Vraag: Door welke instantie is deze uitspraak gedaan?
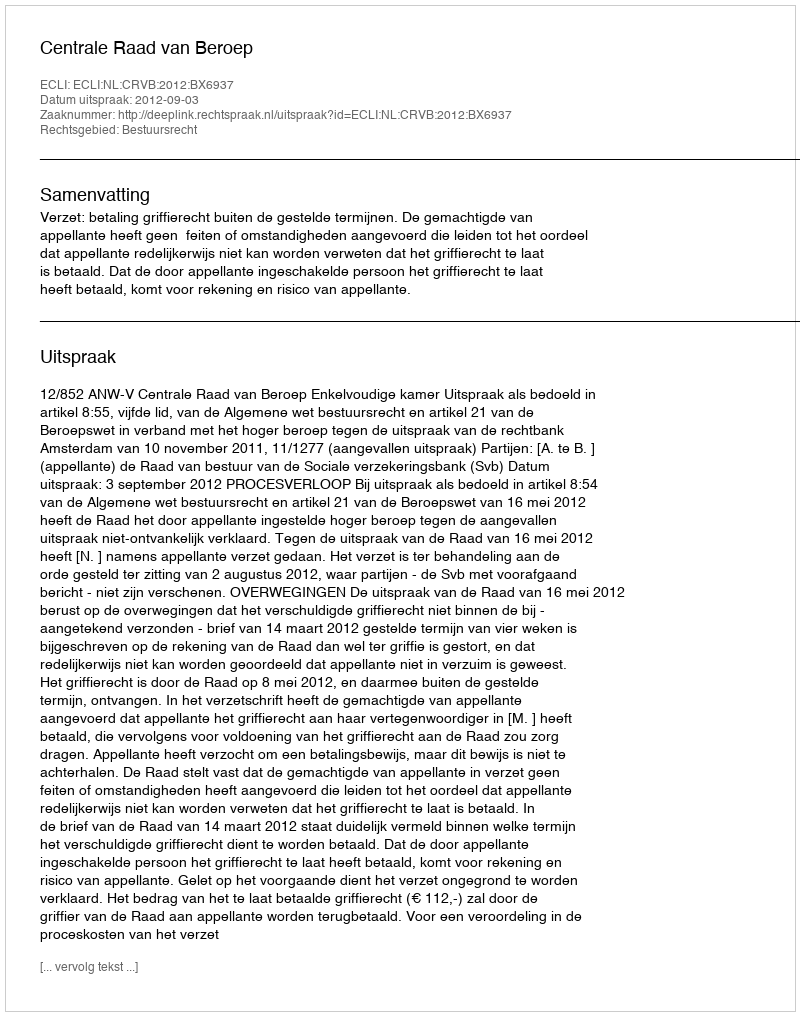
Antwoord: Centrale Raad van Beroep